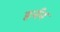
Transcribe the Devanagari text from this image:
हर्नन